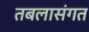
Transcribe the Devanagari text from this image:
तबलासंगत